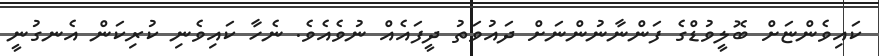
ކައިވެންޏަށް ބޮލީވުޑްގެ ފަންނާނުންނަށް ދައުވަތު ދީފައެއް ނުވެއެވެ. ނެހާ ކައިވެނި ކުރިކަން އެނގުނީ